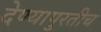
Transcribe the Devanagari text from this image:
देण्यापुरतीच